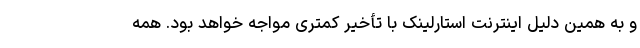
و به همین دلیل اینترنت استارلینک با تأخیر کمتری مواجه خواهد بود. همه